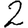
Digit: 2